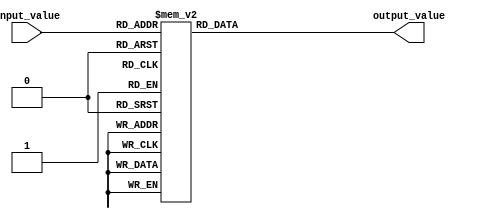
module full_case_statement(
    input wire [2:0] input_value,
    output reg [3:0] output_value
);

always @*
begin
    case(input_value)
        3'b000: output_value = 4'b0000;
        3'b001: output_value = 4'b0001;
        3'b010: output_value = 4'b0010;
        3'b011: output_value = 4'b0011;
        3'b100: output_value = 4'b0100;
        3'b101: output_value = 4'b0101;
        3'b110: output_value = 4'b0110;
        3'b111: output_value = 4'b0111;
        default: output_value = 4'b1111;
    endcase
end

endmodule